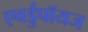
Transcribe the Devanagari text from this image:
एवर्डुपॉयज